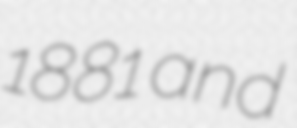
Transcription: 1881 and